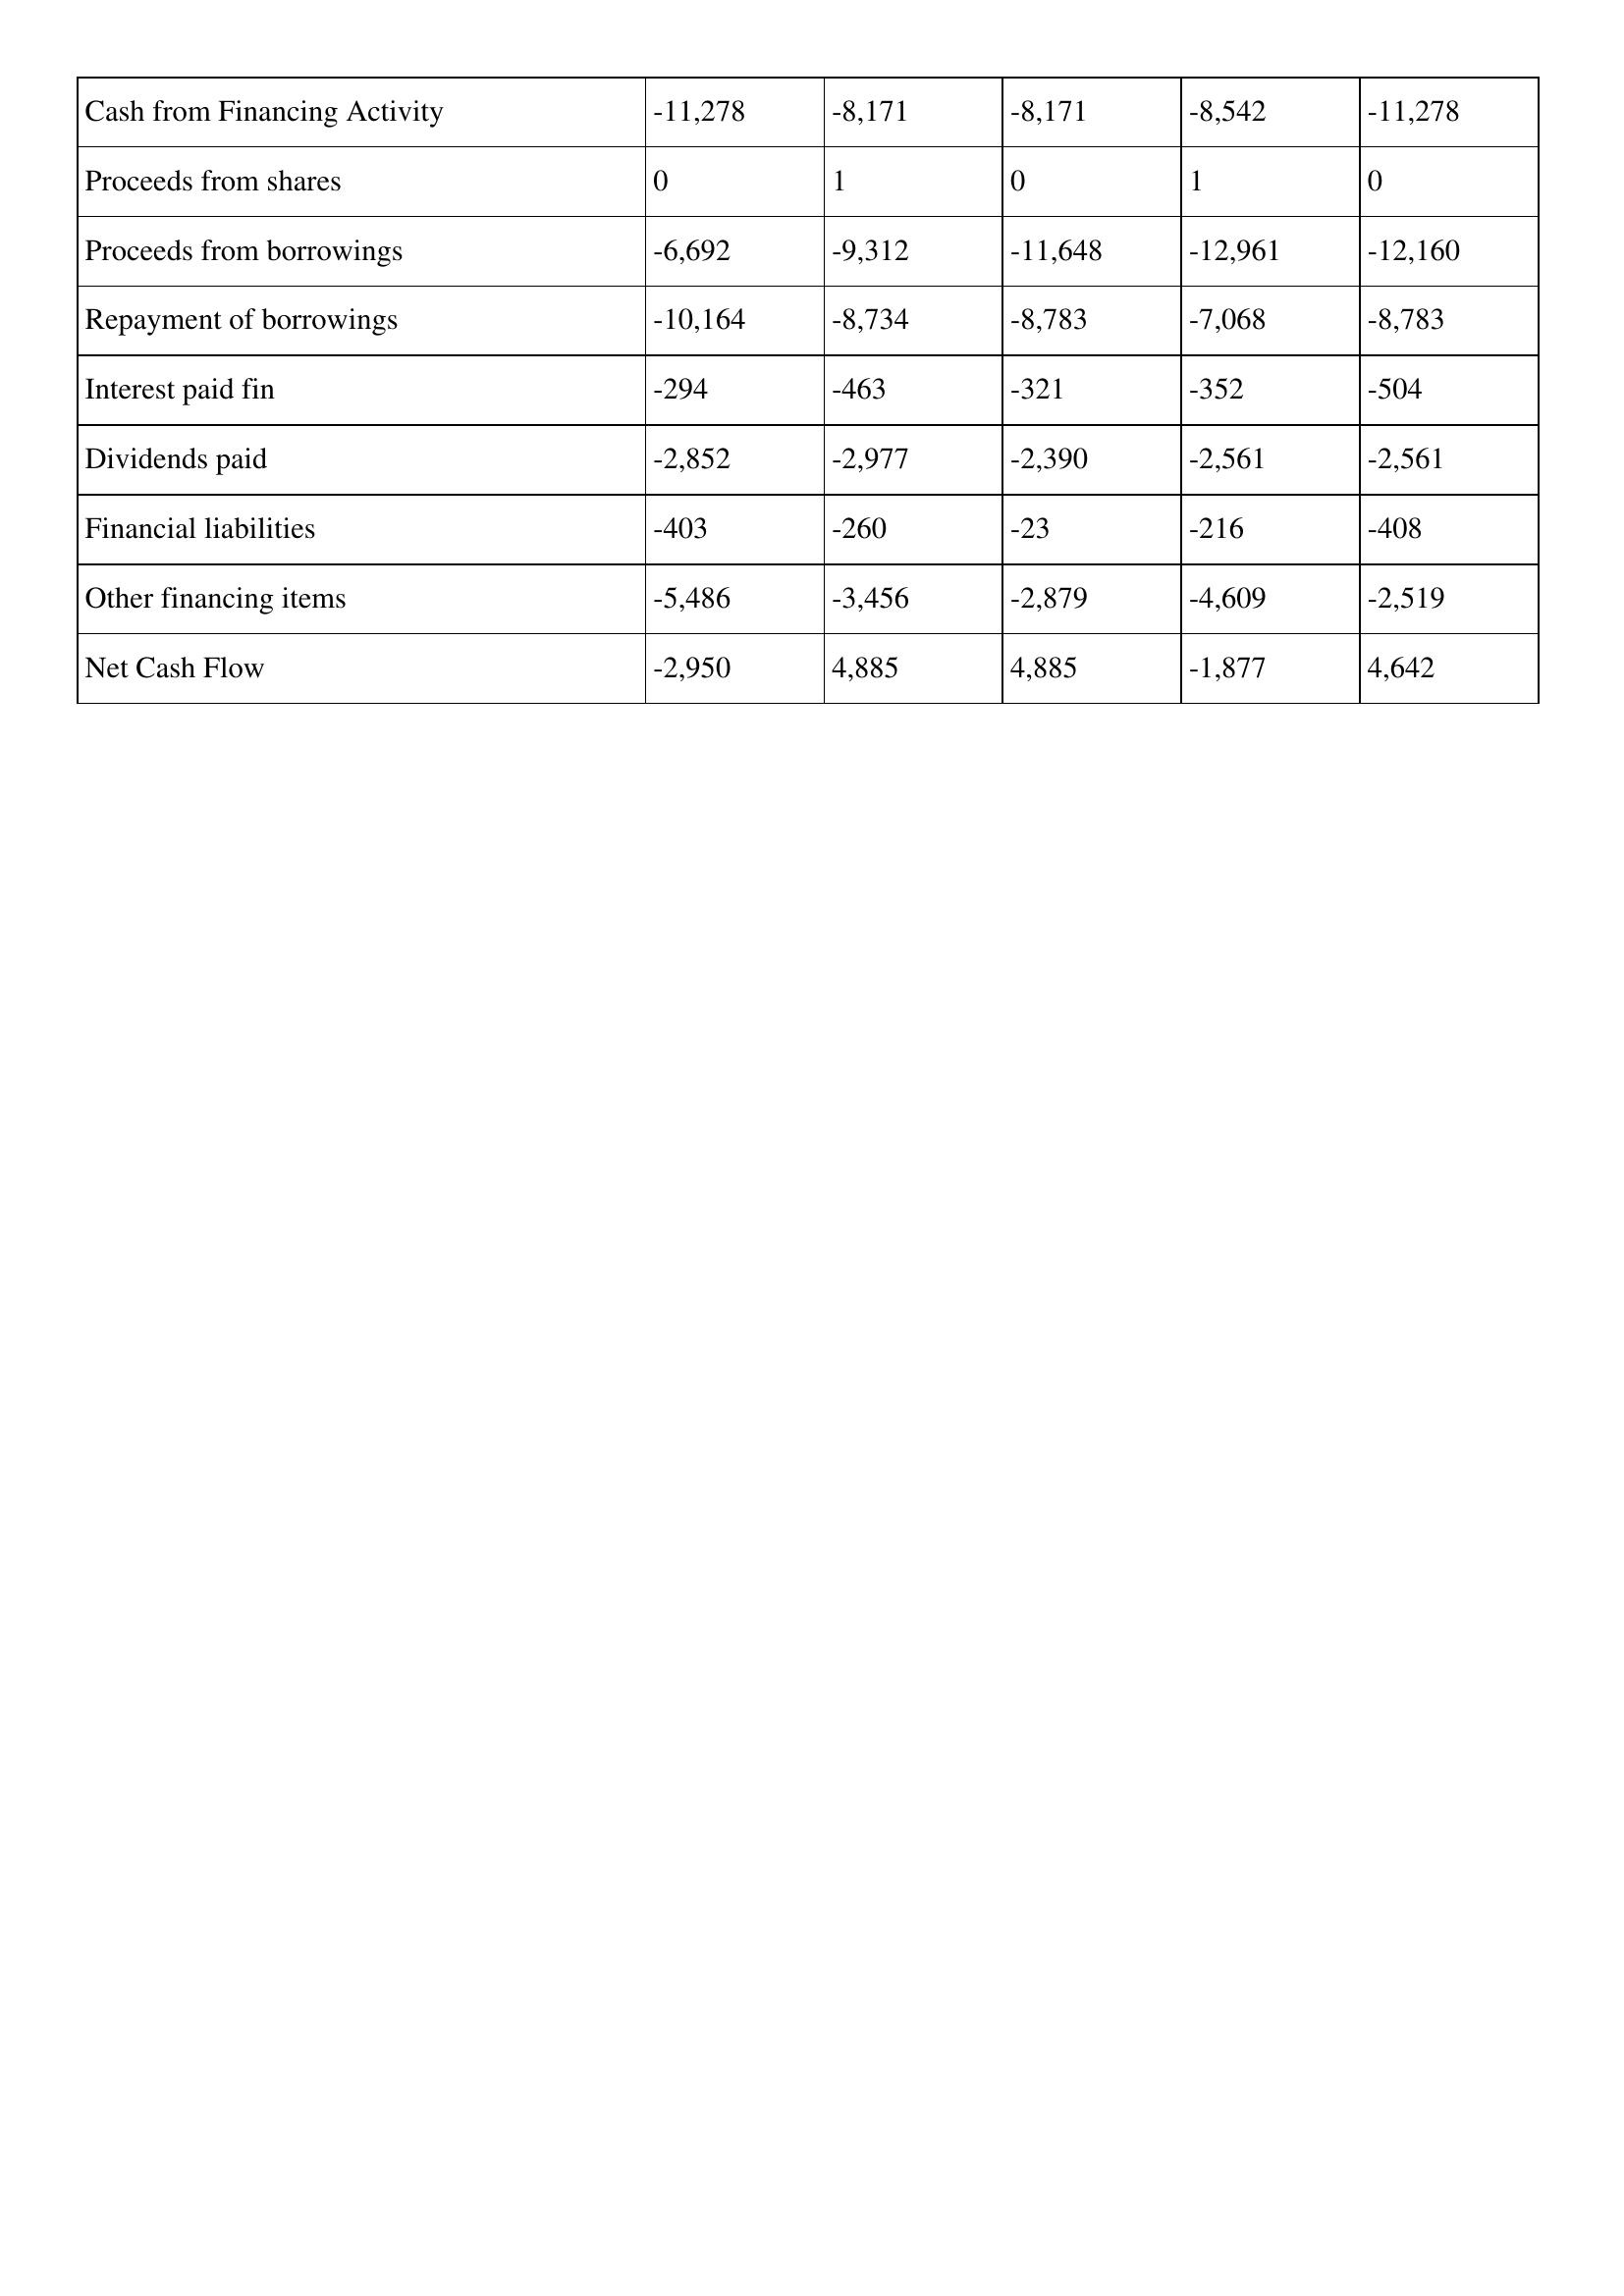
gt_parse: 2007: Cash Flows: Cash from Financing Activity: -11,278
Proceeds from shares: 0
Proceeds from borrowings: -6,692
Repayment of borrowings: -10,164
Interest paid fin: -294
Dividends paid: -2,852
Financial liabilities: -403
Other financing items: -5,486
Net Cash Flow: -2,950
2006: Cash Flows: Cash from Financing Activity: -8,171
Proceeds from shares: 1
Proceeds from borrowings: -9,312
Repayment of borrowings: -8,734
Interest paid fin: -463
Dividends paid: -2,977
Financial liabilities: -260
Other financing items: -3,456
Net Cash Flow: 4,885
2005: Cash Flows: Cash from Financing Activity: -8,171
Proceeds from shares: 0
Proceeds from borrowings: -11,648
Repayment of borrowings: -8,783
Interest paid fin: -321
Dividends paid: -2,390
Financial liabilities: -23
Other financing items: -2,879
Net Cash Flow: 4,885
2004: Cash Flows: Cash from Financing Activity: -8,542
Proceeds from shares: 1
Proceeds from borrowings: -12,961
Repayment of borrowings: -7,068
Interest paid fin: -352
Dividends paid: -2,561
Financial liabilities: -216
Other financing items: -4,609
Net Cash Flow: -1,877
2003: Cash Flows: Cash from Financing Activity: -11,278
Proceeds from shares: 0
Proceeds from borrowings: -12,160
Repayment of borrowings: -8,783
Interest paid fin: -504
Dividends paid: -2,561
Financial liabilities: -408
Other financing items: -2,519
Net Cash Flow: 4,642